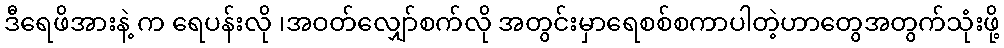
ဒီရေဖိအားနဲ့ က ရေပန်းလို ၊အဝတ်လျှော်စက်လို အတွင်းမှာရေစစ်စကာပါတဲ့ဟာတွေအတွက်သုံးဖို့